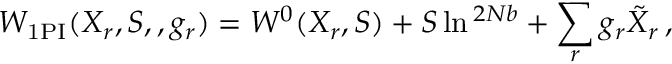
W _ { \mathrm { 1 P I } } ( X _ { r } , S , \L , g _ { r } ) = W ^ { 0 } ( X _ { r } , S ) + S \ln \L ^ { 2 N b } + \sum _ { r } g _ { r } \tilde { X } _ { r } \, ,